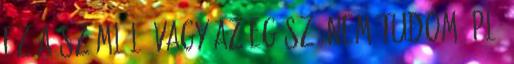
ez a számláló vagy az egész, nem tudom, pl.